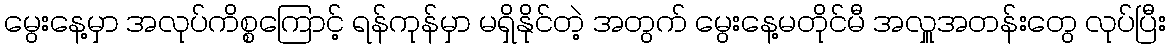
မွေးနေ့မှာ အလုပ်ကိစ္စကြောင့် ရန်ကုန်မှာ မရှိနိုင်တဲ့ အတွက် မွေးနေ့မတိုင်မီ အလှူအတန်းတွေ လုပ်ပြီး